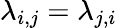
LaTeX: \lambda_{i,j}=\lambda_{j,i}